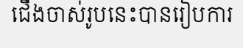
ជើងចាស់រូបនេះបានរៀបការ